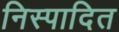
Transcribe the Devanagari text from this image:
निस्पादित